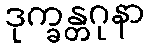
ဒုက္ခန္တဂုနာ